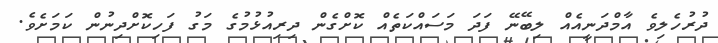
ދުރުހެލިވެ އާމްދަނީއެއް ލިބޭނޭ ފަދަ މަސައްކަތެއް ކޮށްގެން ދިރިއުޅުމުގެ މަގު ފަހިކޮށްދިނުން ކަމަށެވެ.